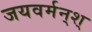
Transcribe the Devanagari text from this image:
जयवर्मन्‌श्